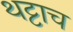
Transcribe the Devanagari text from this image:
थट्टाच